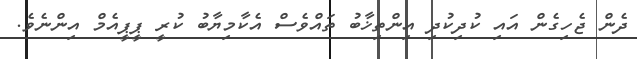
ދެން ޖެހިގެން އައި ކުދިކުދި އިންތިޚާބު ތައްވެސް އެކާމިޔާބު ކުރީ ޕީޕީއެމް އިންނެވެ.